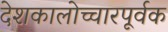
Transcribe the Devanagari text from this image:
देशकालोच्चारपूर्वक